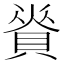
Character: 𧶦